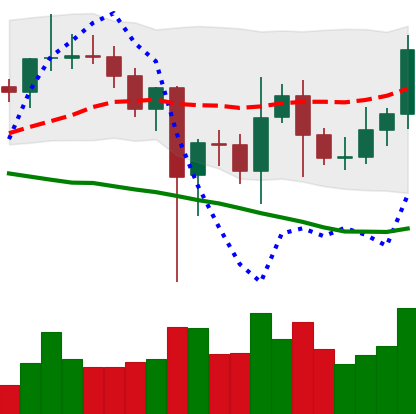
Ticker: LINK-USD
Chart end date: 2021-01-03
Forward return: 11.999%
Label: up_7plus